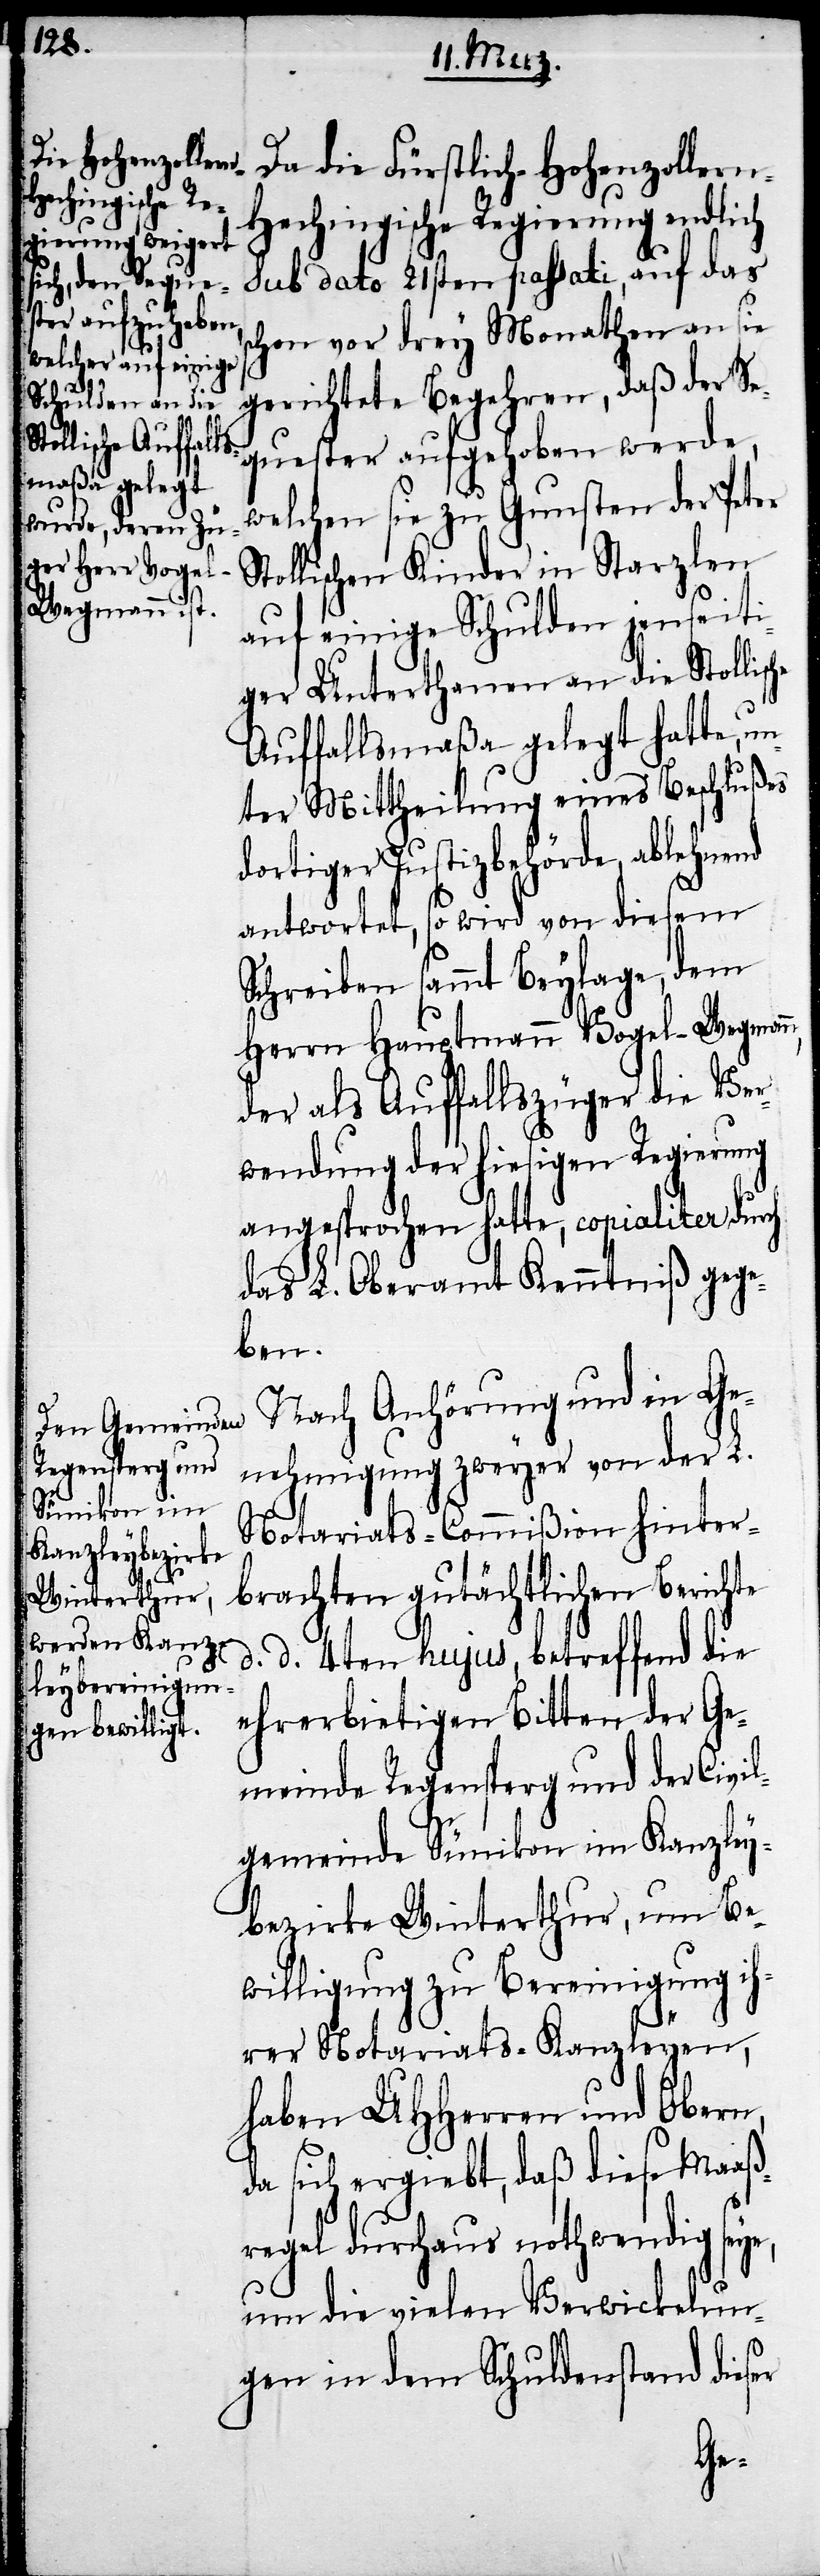
Da die Fürstlich-Hohenzoller¬
n-Hechingische Regierung endlich
sub dato 21sten passati, auf das
schon vor drey Monathen an sie
gerichtete Begehren, daß der Se¬
quester aufgehoben werde,
welchen sie zu Gunsten der Peter
Stollischen Kinder in Starzlen
auf einige Schulden jenseiti¬
ger Unterthanen an die Stollisc¬
Auffallsmaßa gelegt hatte, un¬
ter Mittheilung eines Beschlußes
dortiger Justizbehörde, ablehnend
antwortet, so wird von diesem
Schreiben sammt Beylage, dem
Herrn Hauptmann Vogel-Wegmann,
der als Auffallszüger die Ver¬
wendung der hiesigen Regierung
angesprochen hatte, copialiter durch
das L. Oberamt Kenntniß gege¬
ben.
Nach Anhörung und in Ge¬
nehmigung zweyer von der L.
Notariats-Commißion hinter¬
brachten gutächtlichen Berichte
d. d. 4ten hujus, betreffend die
ehrerbietigen Bitten der Ge¬
meinde Regensperg und der Civil¬
gemeinde Sümikon im Kanzley¬
bezirke Winterthur, um Be¬
willigung zu Bereinigung ih¬
rer Notariats-Kanzleyen,
haben UHHerren und Obern,
da sich ergiebt, daß diese Maaß¬
regel durchaus nothwendig seye,
um die vielen Verwickelun¬
gen in dem Schuldenstand dieser
he